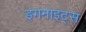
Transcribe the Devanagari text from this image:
इगनाइट्स